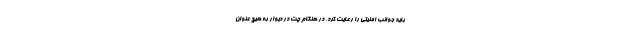
باید جوانب امنیتی را رعایت کرد. در هنگام چت در دیوار به هیچ عنوان